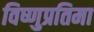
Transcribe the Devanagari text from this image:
विष्णुप्रतिमा